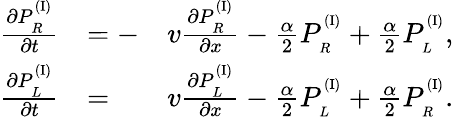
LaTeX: \begin{array}{rlr}{\frac{\partial P_{_R}^{^{(\mathrm{I})}}}{\partial t}}&{=-}&{v\frac{\partial P_{_R}^{^{(\mathrm{I})}}}{\partial x}-\frac{\alpha}{2}P_{_R}^{^{(\mathrm{I})}}+\frac{\alpha}{2}P_{_L}^{^{(\mathrm{I})}},}\\ {\frac{\partial P_{_L}^{^{(\mathrm{I})}}}{\partial t}}&{=}&{v\frac{\partial P_{_L}^{^{(\mathrm{I})}}}{\partial x}-\frac{\alpha}{2}P_{_L}^{^{(\mathrm{I})}}+\frac{\alpha}{2}P_{_R}^{^{(\mathrm{I})}}.}\end{array}